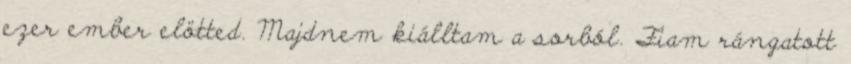
ezer ember elötted. Majdnem kiálltam a sorból. Fiam rángatott